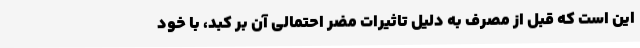
این است که قبل از مصرف به دلیل تاثیرات مضر احتمالی آن بر کبد، با خود